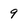
Character: 9